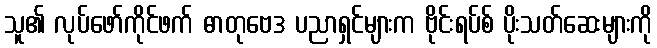
သူ၏ လုပ်ဖော်ကိုင်ဖက် ဓာတုဗေဒ ပညာရှင်များက ဗိုင်းရပ်စ် ပိုးသတ်ဆေးများကို